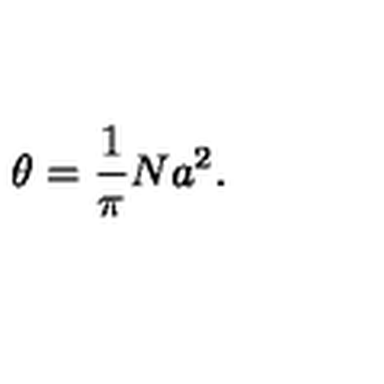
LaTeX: \theta = \frac { 1 } { \pi } N a ^ { 2 } .